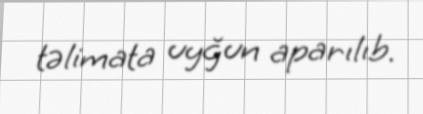
təlimata uyğun aparılıb.